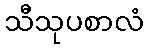
သီသုပစာလံ